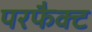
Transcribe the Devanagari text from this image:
परफैक्ट